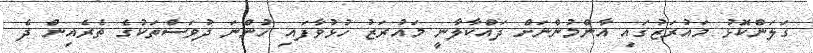
ގަލަންކޮޅު މައުރަޒުގައި އާންމުންނަށް ދައްކާލާނީ މައުރަޒު ހުޅުވާފައި ހުންނަ ދުވަސްތަކުގެ ތެރެއިން ދެ